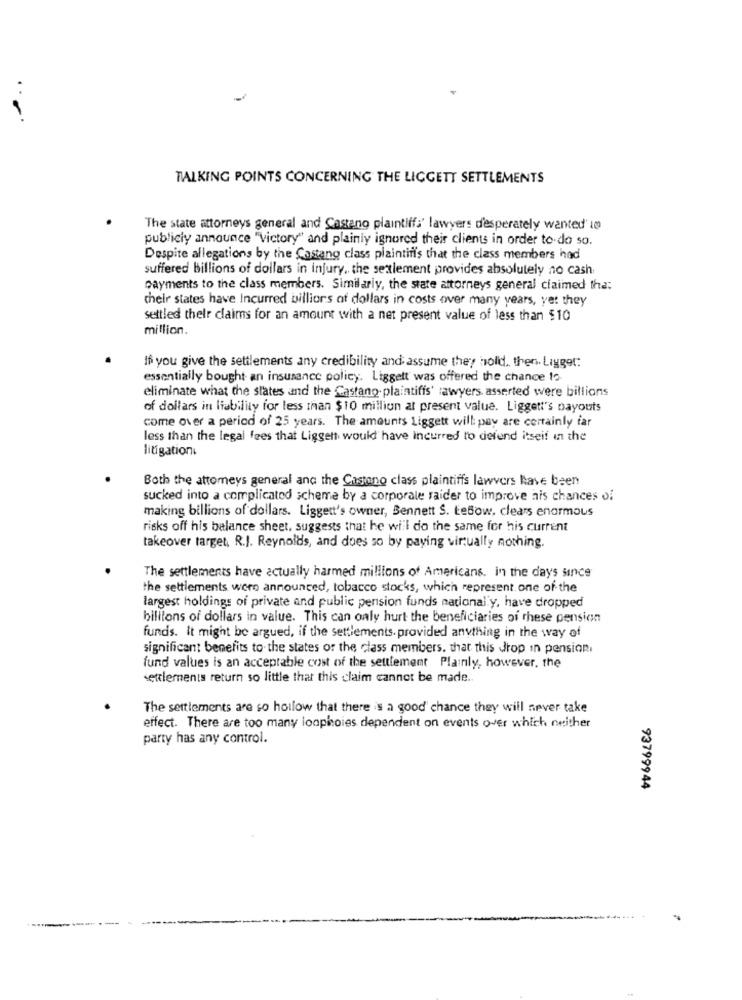
TALKING POINTS CONCERNING THE LICGETT SETTLEMENTS
The state attorneys general and Castano plaintiff:' lawyers desperately wanted' 10
publicly announce "Victory" and plainly ignored their clients in order to do so.
Despite allegations by the Castano class plaintiffs that the class members had
suffered billions of dollars in injury. the settlement provides absolutely no cash
payments to the class members. Similarly, the state attorneys general claimed the:
their states have Incurred billions of dollars in costs over many years, yet they
settled their claims for an amount with a net present value of less than $10
million.
If you give the settlements any credibility and: assume they hold, then. Ligget:
essentially bought an insurance policy. Liggett' was offered the chance to
eliminate what the states and the Castano- plaintiffs' lawyers asserted were billions
of dollars in liability for less than $10 million at present value. Liggett's payouts
come over a period of 25 years. The amounts Liggett will pay are certainly far
less than the legal fees that Liggett would have incurred to defend itseif in the
litigation
Both the attomeys general and the Castano class plaintiffs lawvers have been
sucked into a complicated scheme by a corporale raider to improve nis chances of
making billions of dollars. Ligget's owner, Bennett S. LeBow, clears enormous
risks off his balance sheet, suggests that he will do the same for his current
takeover target, R.J. Reynolds, and does so by paying virtually nothing.
The settlements have actually harmed millions of Americans. in the days since
the settlements were announced, tobacco stocks, which represent one of the
largest holdings of private and public pension funds national y, have dropped
billions of dollars in value. This can only hurt the beneficiaries of these pension
funds. It might be argued, if the settlements. provided anything in the way of
significant benefits to the states of the class members. that this drop in pension.
fund values is an acceptable cost of the settlement Plainly, however, the
settlements return so little that this claim cannot be made ..
The settlements are so hollow that there is a good chance they will never take
effect. There are too many loopinoies dependent on events over which neither
party has any control.
93799944